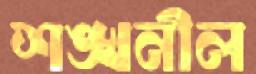
শঙ্খনীল